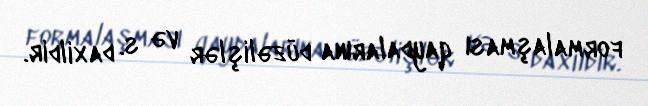
formalaşması qaydalarına düzəlişlər və s. daxildir.